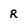
Character: R